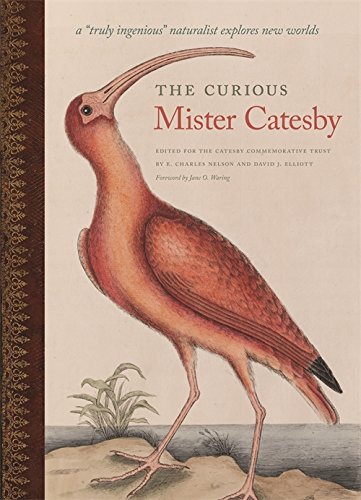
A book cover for The Curious Mister Catesby: A "Truly Ingenious" Naturalist Explores New Worlds (Wormsloe Foundation Nature Book); Science & Math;